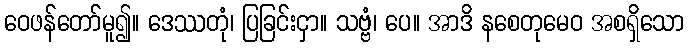
ဝေဖန်တော်မူ၍။ ဒေဿတုံ၊ ပြခြင်းငှာ။ သဗ္ဗံ၊ ပေ။ အာဒိ နစေတုမေဝ အစရှိသော